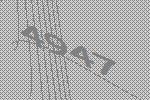
4947